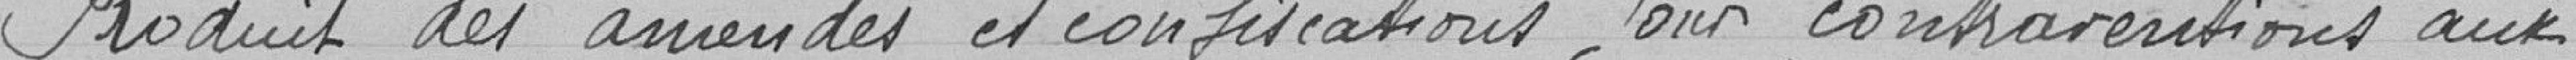
Produit des amendes et confiscations pour contraventions aux